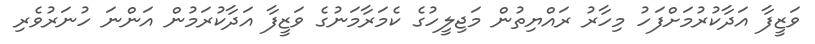
ވަޒީފާ އަދާކުރުމަށްފަހު މިހާރު ރައްޔިތުން މަޖިލީހުގެ ކެމަރާމަނުގެ ވަޒީފާ އަދާކުރަމުން އަންނަ ހުނަރުވެރި